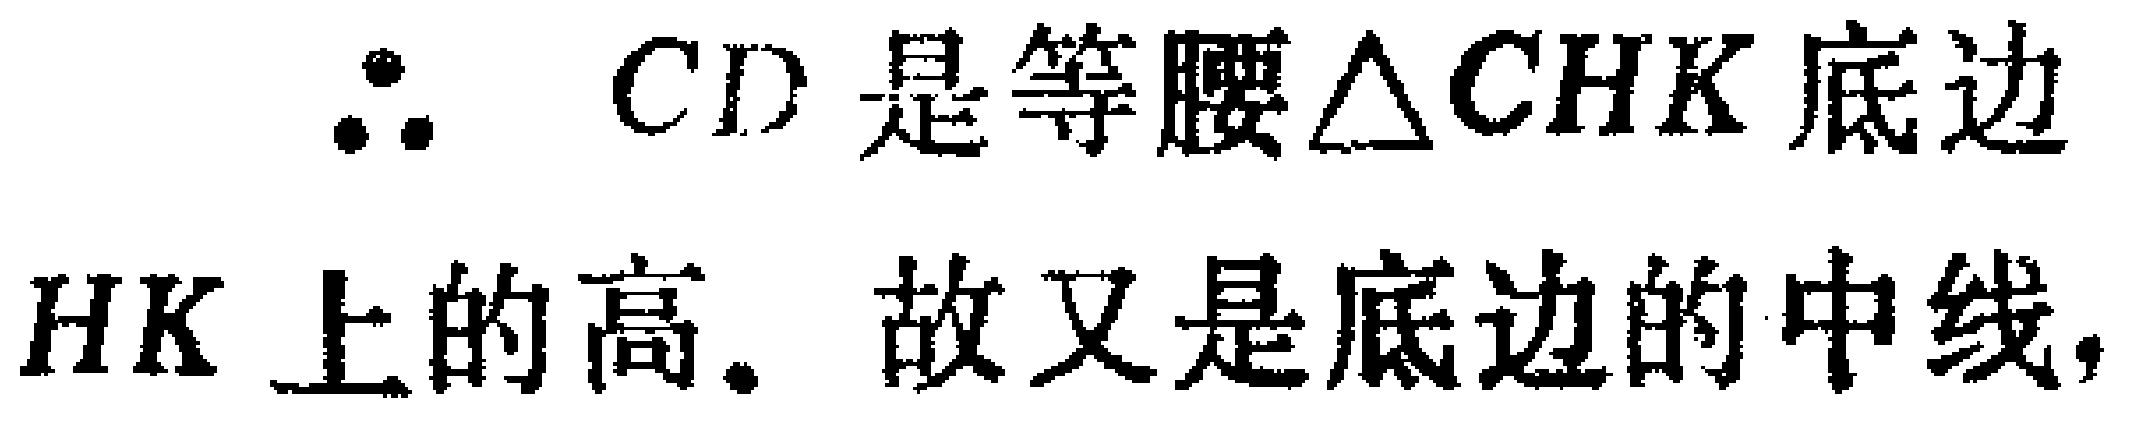
$\therefore CD$ 是等腰 $\triangle CHK$ 底边 $HK$ 上的高. 故又是底边的中线,